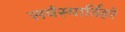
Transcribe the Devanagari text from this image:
सर्वस्यार्तिहरे